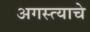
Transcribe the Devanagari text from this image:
अगस्त्याचे